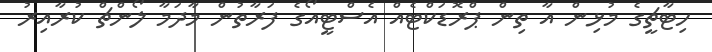
ހިޓާޗީގެ މުޅިން އާ ތިން ޕްރޮޑަކްޓެއް އެސްޓީއޯގެ ފަރާތުން މާދަމާ ލޯންޗް ކުރާއިރު